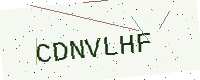
Text: CDNVLHF